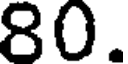
80.